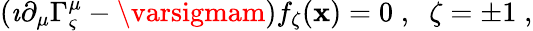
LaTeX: (\imath\partial_{\mu}\Gamma_{\varsigma}^{\mu}-\varsigmam)f_{\zeta}(\mathbf{x})=0\; ,\; \; \zeta=\pm1\; ,